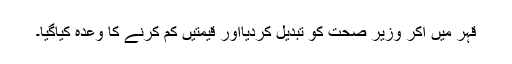
قہر میں آکر وزیر ِصحت کو تبدیل کردیااور قیمتیں کم کرنے کا وعدہ کیاگیا۔